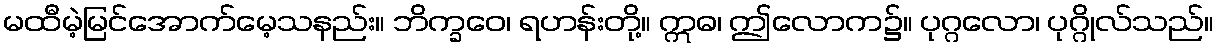
မထီမဲ့မြင်အောက်မေ့သနည်း။ ဘိက္ခဝေ၊ ရဟန်းတို့။ ဣဓ၊ ဤလောက၌။ ပုဂ္ဂလော၊ ပုဂ္ဂိုလ်သည်။